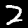
Digit: 2